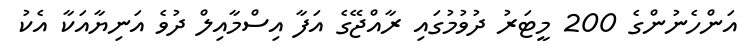
އަންހެނުންގެ 200 މީޓަރު ދުވުމުގައި ރާއްޖޭގެ އަފާ އިސްމާއިލް ދުވެ އަނިޔާއަކާ އެކު